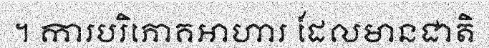
។ ការបរិភោគអាហារ ដែលមានជាតិ